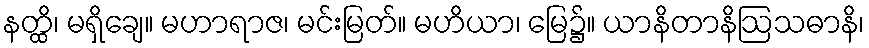
နတ္ထိ၊ မရှိချေ။ မဟာရာဇ၊ မင်းမြတ်။ မဟိယာ၊ မြေ၌။ ယာနိတာနိဩသဓာနိ၊